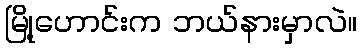
မြို့ဟောင်းက ဘယ်နားမှာလဲ။